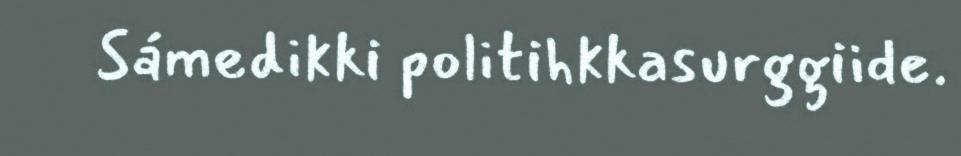
Sámedikki politihkkasurggiide.